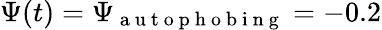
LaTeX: \Psi(t)=\Psi_{\mathrm{~a~u~t~o~p~h~o~b~i~n~g~}}=-0.2